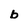
Character: b